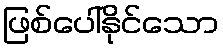
ဖြစ်ပေါ်နိုင်သော